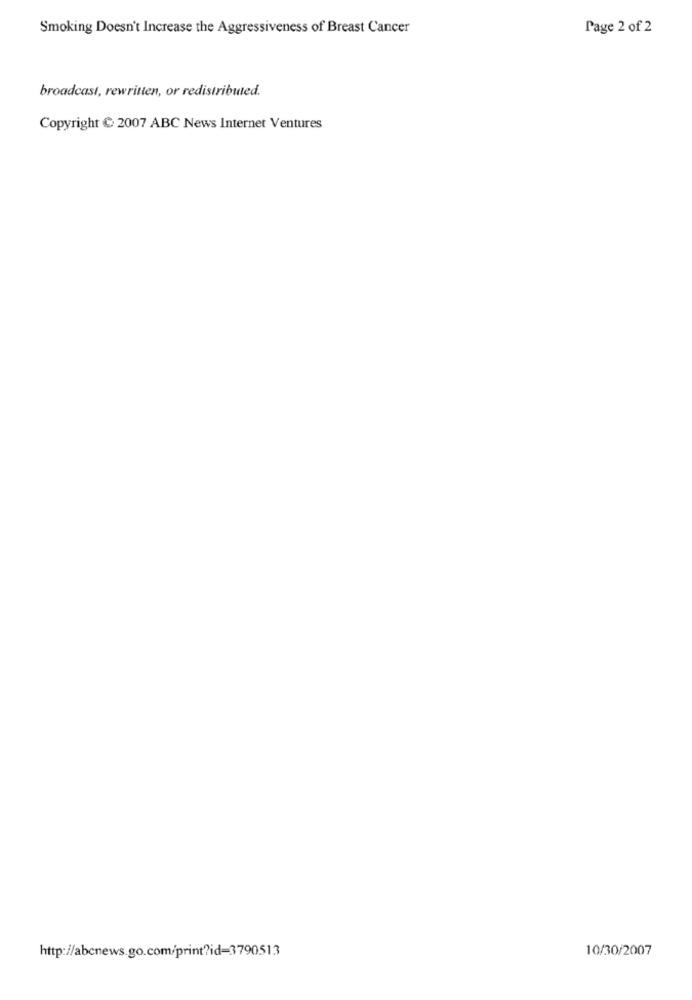
Smoking Doesn't Increase the Aggressiveness of Breast Cancer
Page 2 of 2
broadcast, rewritten, or redistributed.
Copyright C 2007 ABC News Internet Ventures
http://abcnews.go.com/print?id=3790513
10/30/2007